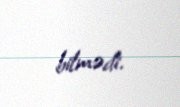
bilmədi.